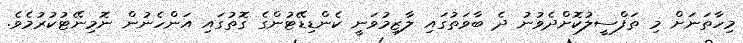
މިހާތަނަށް މި ތަފްސީލުކޮށްދެވުނު ދެ ބާވަތުގައި ލާޒިމުވަނީ ކެންޑިޑޭޓުންގެ ގޮތުގައި އަންހެނުން ނޮމިނޭޓުކުރުމެވެ.